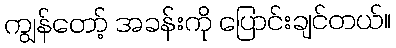
ကျွန်တော့် အခန်းကို ပြောင်းချင်တယ်။